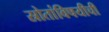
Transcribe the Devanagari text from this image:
स्रोतांविषयीची